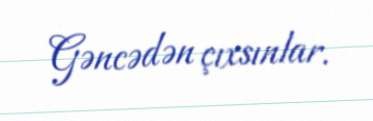
Gəncədən çıxsınlar.